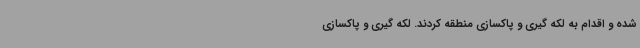
شده و اقدام به لکه گیری و پاکسازی منطقه کردند. لکه گیری و پاکسازی